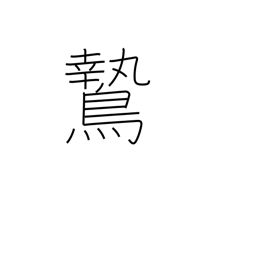
Meaning: daring